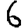
Digit: 6